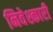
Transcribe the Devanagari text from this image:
निवेश्कारी